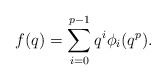
\begin{align*}f(q) = \sum_{i=0}^{p-1} q^i\phi_i(q^p).\end{align*}